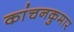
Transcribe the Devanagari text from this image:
कांचनकुमार